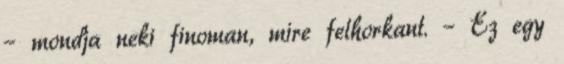
– mondja neki finoman, mire felhorkant. – Ez egy